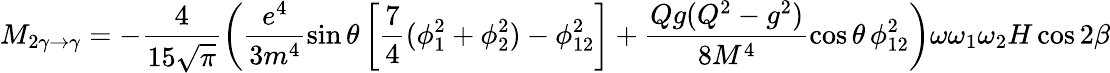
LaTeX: M_{2\gamma\to\gamma}=-\frac{4}{15\sqrt{\pi}}\biggl(\frac{e^{4}}{3m^{4}}\sin\theta\left[\frac{7}{4}(\phi_{1}^{2}+\phi_{2}^{2})-\phi_{12}^{2}\right]+\frac{Qg(Q^{2}-g^{2})}{8M^{4}}\cos\theta\, \phi_{12}^{2}\biggr)\omega\omega_{1}\omega_{2}H\cos 2\beta